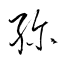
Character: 殄